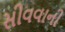
સીવવાની